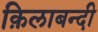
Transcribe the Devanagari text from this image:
क़िलाबन्दी